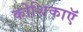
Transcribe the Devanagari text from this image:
कोशिकाऍं